Leningradi_Edasi_toimetus, lk 211
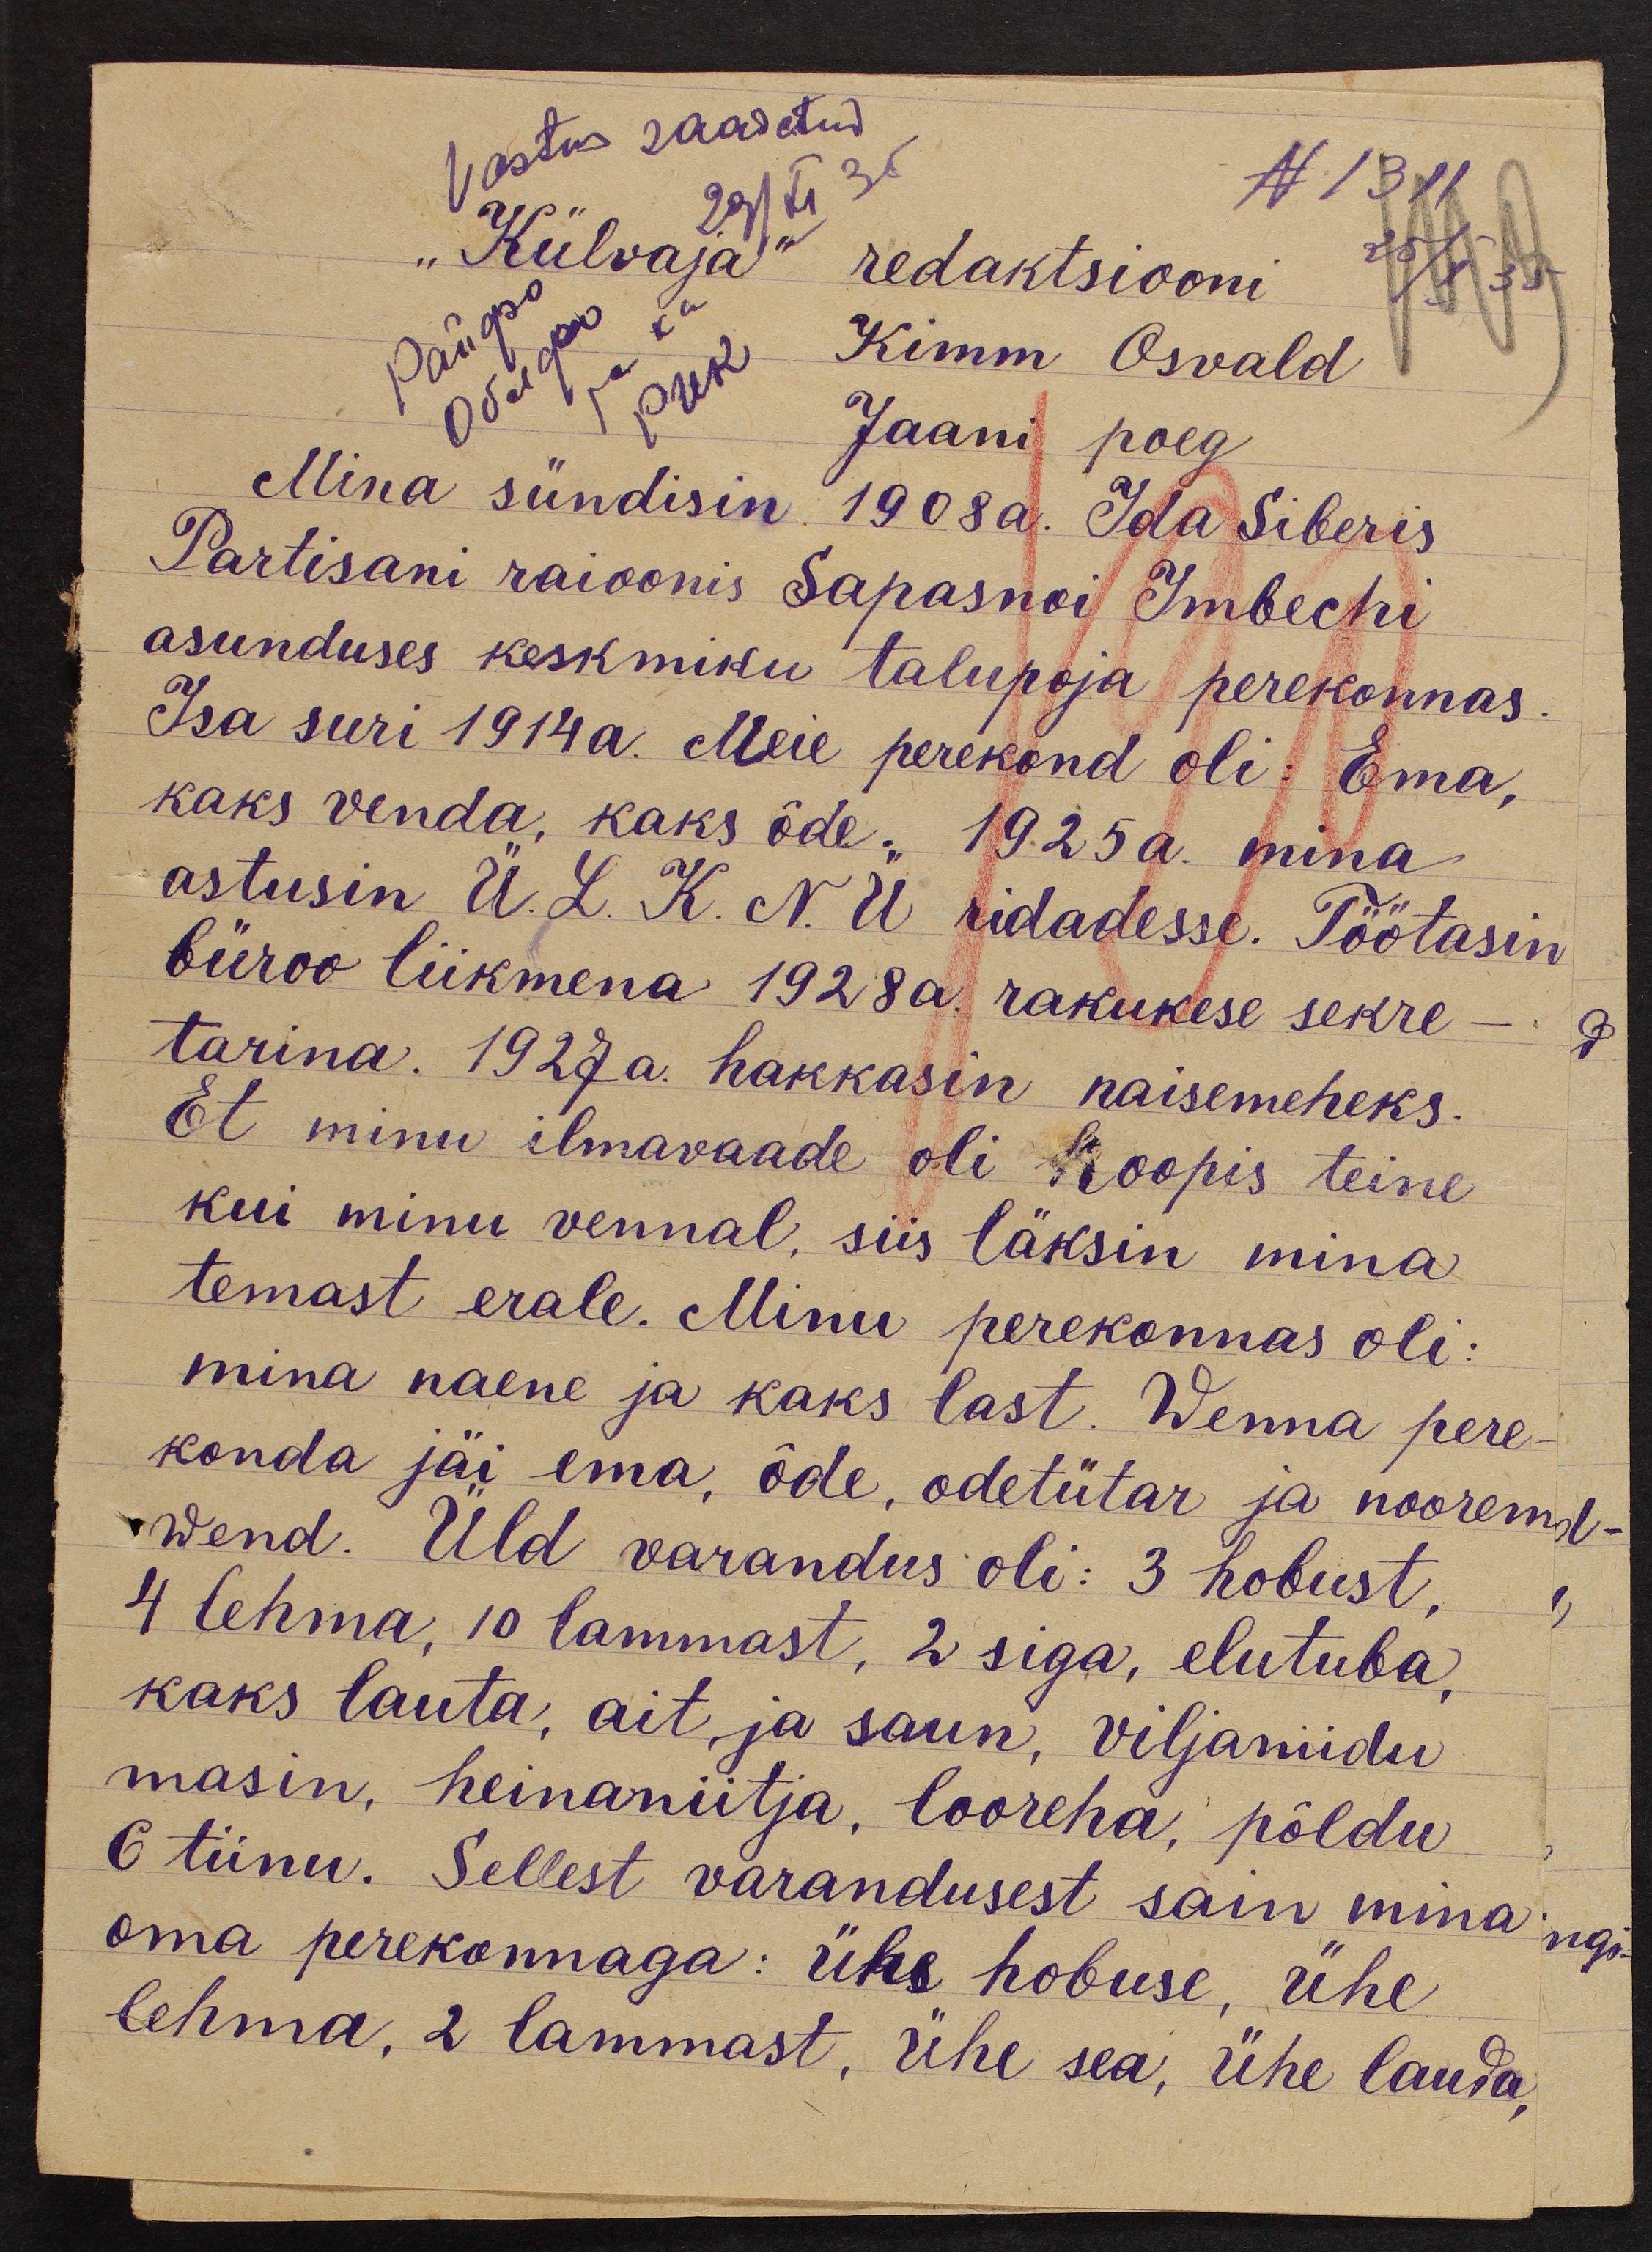
Vastus saadetud
N 131
"Külvaja" redaktsiooni
Kimm Osvald
Jaani poeg
Mina sündisin 1908a. Ida Siberis
Partisani raioonis Sapasnoi Imbechi
asunduses keskmiku talupoja perekonnas.
Isa suri 1914 a. Meie perekond oli: Ema,
kaks venda, kaks õde : 1925 a. mina
astusin Ü. L. K. N. Ü ridadesse. Töötasin
büroo liikmena 1928 a. rakukese sekre-
tarina. 1927 a. hakkasin naisemeheks.
Et minu ilmavaade oli hoopis teine
kui minu vennal, siis läksin mina
temast erale. Minu perekonnas oli:
mina naene ja kaks last. Wenna pere-
konda jäi ema, õde, odetütar ja noorem-
wend. Üld varandus oli: 3 hobust,
4 lehma, 10 lammast, 2 siga, elutuba,
kaks lauta, ait, ja saun, Viljaniidu
masin, heinaniitja, looreha, põldu
6 tiinu. Sellest varandusest sain mina
oma perekonnaga: ühe hobuse, ühe
lehma, 2 lammast, Ühe sea, ühe lauda,